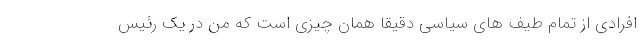
افرادی از تمام طیف های سیاسی دقیقا همان چیزی است که من در یک رئیس